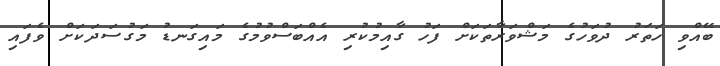
ބޭއްވި ހަތަރު ދުވަހުގެ މަޝްވަރާތަކަށް ފަހު ގާއިމުކުރި އެއްބަސްވުމުގެ މައިގަނޑު މަގުސަދަކަށް ވެފައި